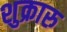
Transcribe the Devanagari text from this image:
शुक्रारु